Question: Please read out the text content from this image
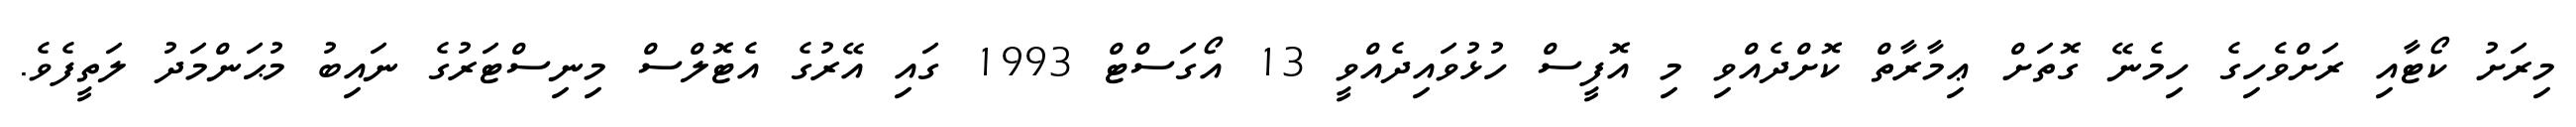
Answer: މިރަށު ކޯޓާއި ރަށްވެހިގެ ހިމެނޭ ގޮތަށް ޢިމާރާތް ކޮށްދެއްވި މި އޮފީސް ހުޅުވައިދެއްވީ 13 އޯގަސްޓް 1993 ގައި އޭރުގެ އެޓޮލްސް މިނިސްޓަރުގެ ނައިބު މުޙަންމަދު ލަތީފެވެ.